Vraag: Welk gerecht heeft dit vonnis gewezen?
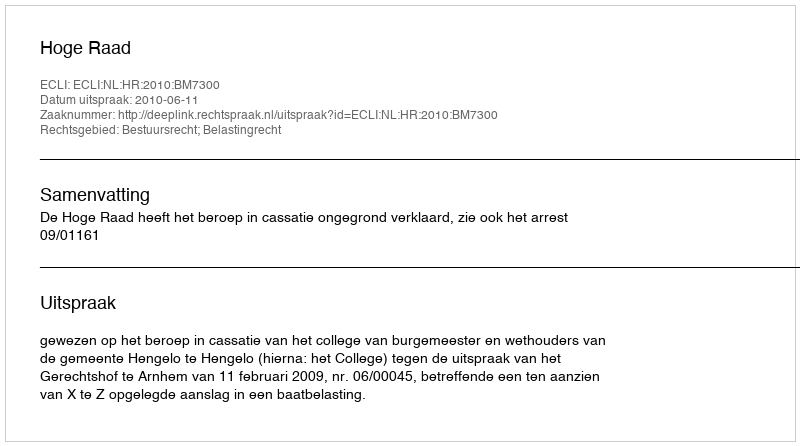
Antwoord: Hoge Raad